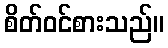
စိတ်ဝင်စားသည်။